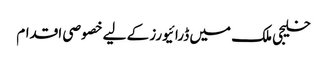
خلیجی ملک میں ڈرائیورز کے لیے خصوصی اقدام